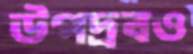
উপদ্রবও